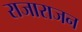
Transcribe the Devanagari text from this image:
राजाराजन